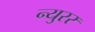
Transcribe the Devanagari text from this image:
न्युरर